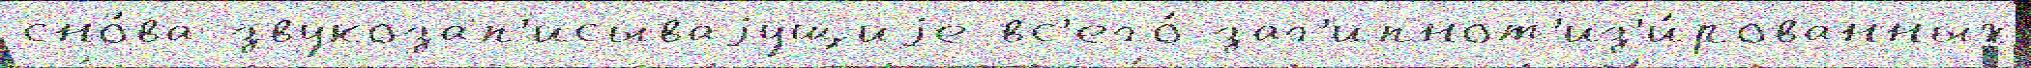
сно́ва звукозап'исываjущиjе вс'его́ заг'ипнот'из'и́рованных